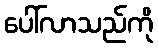
ပေါ်လာသည်ကို